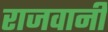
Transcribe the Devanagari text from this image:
राजवानी